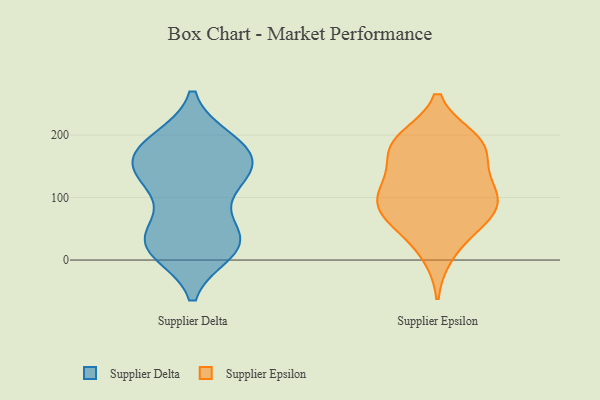
{"axis": {"x": "Page Views", "y": "Value"}, "legend": ["Supplier Delta", "Supplier Epsilon"], "data": [{"x": "", "y": 48, "type": "Supplier Delta"}, {"x": "", "y": 189, "type": "Supplier Delta"}, {"x": "", "y": 187, "type": "Supplier Delta"}, {"x": "", "y": 128, "type": "Supplier Delta"}, {"x": "", "y": 164, "type": "Supplier Delta"}, {"x": "", "y": 117, "type": "Supplier Delta"}, {"x": "", "y": 22, "type": "Supplier Delta"}, {"x": "", "y": 118, "type": "Supplier Delta"}, {"x": "", "y": 167, "type": "Supplier Delta"}, {"x": "", "y": 28, "type": "Supplier Delta"}, {"x": "", "y": 25, "type": "Supplier Delta"}, {"x": "", "y": 191, "type": "Supplier Delta"}, {"x": "", "y": 144, "type": "Supplier Delta"}, {"x": "", "y": 31, "type": "Supplier Delta"}, {"x": "", "y": 178, "type": "Supplier Delta"}, {"x": "", "y": 152, "type": "Supplier Delta"}, {"x": "", "y": 142, "type": "Supplier Delta"}, {"x": "", "y": 52, "type": "Supplier Delta"}, {"x": "", "y": 16, "type": "Supplier Delta"}, {"x": "", "y": 14, "type": "Supplier Delta"}, {"x": "", "y": 94, "type": "Supplier Epsilon"}, {"x": "", "y": 107, "type": "Supplier Epsilon"}, {"x": "", "y": 190, "type": "Supplier Epsilon"}, {"x": "", "y": 69, "type": "Supplier Epsilon"}, {"x": "", "y": 58, "type": "Supplier Epsilon"}, {"x": "", "y": 93, "type": "Supplier Epsilon"}, {"x": "", "y": 10, "type": "Supplier Epsilon"}, {"x": "", "y": 61, "type": "Supplier Epsilon"}, {"x": "", "y": 181, "type": "Supplier Epsilon"}, {"x": "", "y": 183, "type": "Supplier Epsilon"}, {"x": "", "y": 112, "type": "Supplier Epsilon"}, {"x": "", "y": 123, "type": "Supplier Epsilon"}, {"x": "", "y": 164, "type": "Supplier Epsilon"}, {"x": "", "y": 193, "type": "Supplier Epsilon"}]}